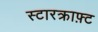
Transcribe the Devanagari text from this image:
स्टारक्राफ़्ट